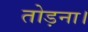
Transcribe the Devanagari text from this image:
तोड़ना।